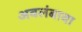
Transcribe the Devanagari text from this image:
अवलंबावा